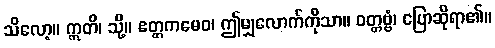
သိလော့။ ဣတိ၊ သို့။ ဧတ္တကမေဝ၊ ဤမျှလောက်ကိုသာ။ ဝတ္တဗ္ဗံ၊ ပြောဆိုရာ၏။